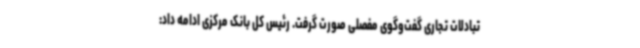
تبادلات تجاری گفت‌وگوی مفصلی صورت گرفت. رئیس کل بانک مرکزی ادامه داد: